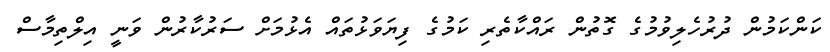
ކަންކަމުން ދުރުހެލިވުމުގެ ގޮތުން ރައްކާތެރި ކަމުގެ ފިޔަވަޅުތައް އެޅުމަށް ސަރުކާރުން ވަނީ އިލްތިމާސް